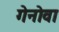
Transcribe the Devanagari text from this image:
गेनोवा